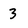
Character: 3